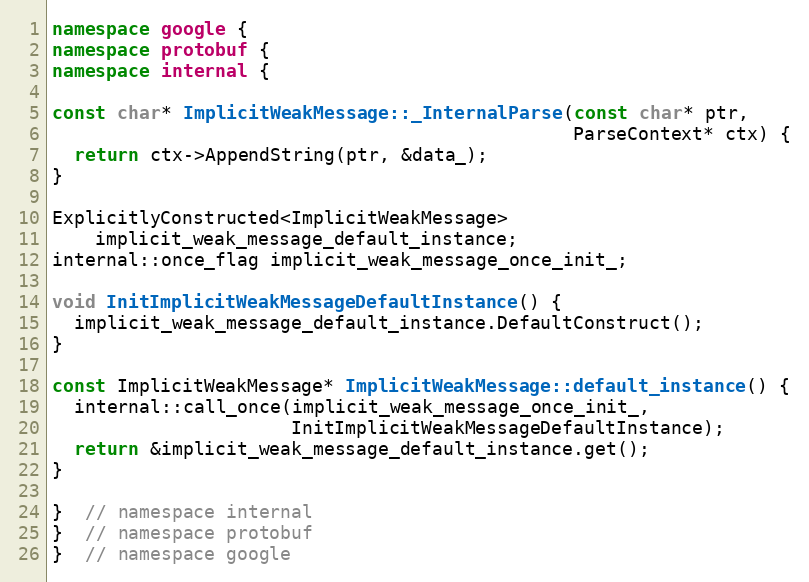
Language: C++
namespace google {
namespace protobuf {
namespace internal {

const char* ImplicitWeakMessage::_InternalParse(const char* ptr,
                                                ParseContext* ctx) {
  return ctx->AppendString(ptr, &data_);
}

ExplicitlyConstructed<ImplicitWeakMessage>
    implicit_weak_message_default_instance;
internal::once_flag implicit_weak_message_once_init_;

void InitImplicitWeakMessageDefaultInstance() {
  implicit_weak_message_default_instance.DefaultConstruct();
}

const ImplicitWeakMessage* ImplicitWeakMessage::default_instance() {
  internal::call_once(implicit_weak_message_once_init_,
                      InitImplicitWeakMessageDefaultInstance);
  return &implicit_weak_message_default_instance.get();
}

}  // namespace internal
}  // namespace protobuf
}  // namespace google